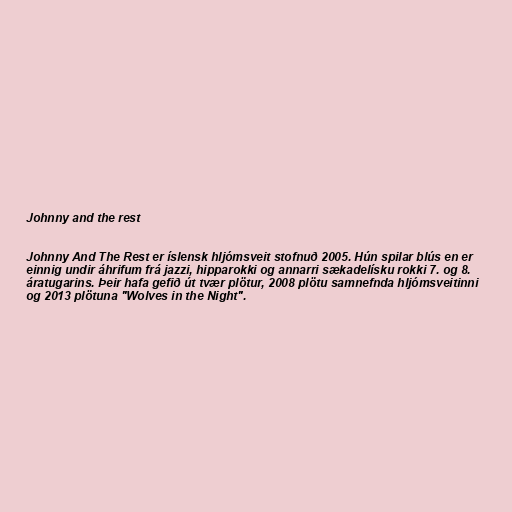
Johnny and the rest

Johnny And The Rest er íslensk hljómsveit stofnuð 2005. Hún spilar blús en er
einnig undir áhrifum frá jazzi, hipparokki og annarri sækadelísku rokki 7. og 8.
áratugarins. Þeir hafa gefið út tvær plötur, 2008 plötu samnefnda hljómsveitinni
og 2013 plötuna "Wolves in the Night".